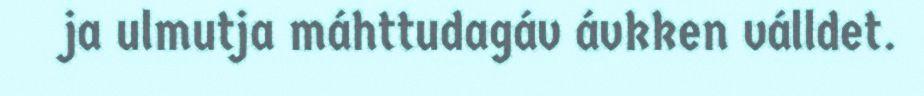
ja ulmutja máhttudagáv ávkken válldet.